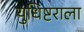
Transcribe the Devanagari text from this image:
युधिष्टराला